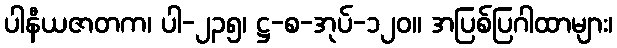
ပါနီယဇာတက၊ ပါ-၂၃၅၊ ဋ္ဌ-စ-အုပ်-၁၂၀။ အပြစ်ပြဂါထာများ၊